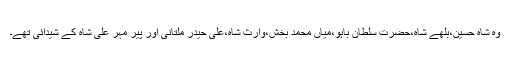
وہ شاہ حسین،بلھے شاہ،حضرت سلطان باہو،میاں محمد بخش،وارث شاہ،علی حیدر ملتانی اور پیر مہر علی شاہ کے شیدائی تھے۔